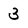
Character: 3